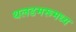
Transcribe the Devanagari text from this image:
थलडमरूमध्य